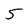
Character: 5